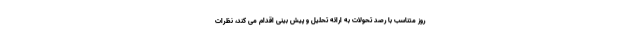
روز متناسب با رصد تحولات به ارائه تحلیل و پیش بینی اقدام می کند، نظرات